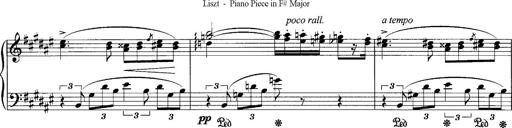
Title: klavierstÃ¼ck
Composer: Matias Ekert